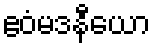
ဧဝံမဒနီယော